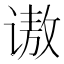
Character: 𫍵